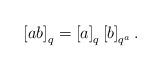
LaTeX: \begin{align*}\left[ab\right]_{q}=\left[a\right]_{q}\left[b\right]_{q^{a}}.\end{align*}